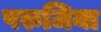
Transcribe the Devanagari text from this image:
परुजिया